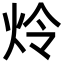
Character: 炩